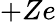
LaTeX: +Ze